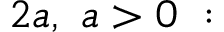
2 a , \ a > 0 \ :